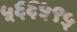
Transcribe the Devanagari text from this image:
५६६५९५